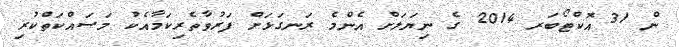
ން 31 އޮކްޓޯބަރ 2014 ގެ ނިޔަލަށް އެންމެ ރަނގަޅަށް ފަރުވާތެރިކަމާއެކު މަސައްކަތްކުރި